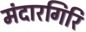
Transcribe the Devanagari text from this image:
मंदारगिरि